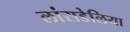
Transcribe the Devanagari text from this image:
लांसडेलिया